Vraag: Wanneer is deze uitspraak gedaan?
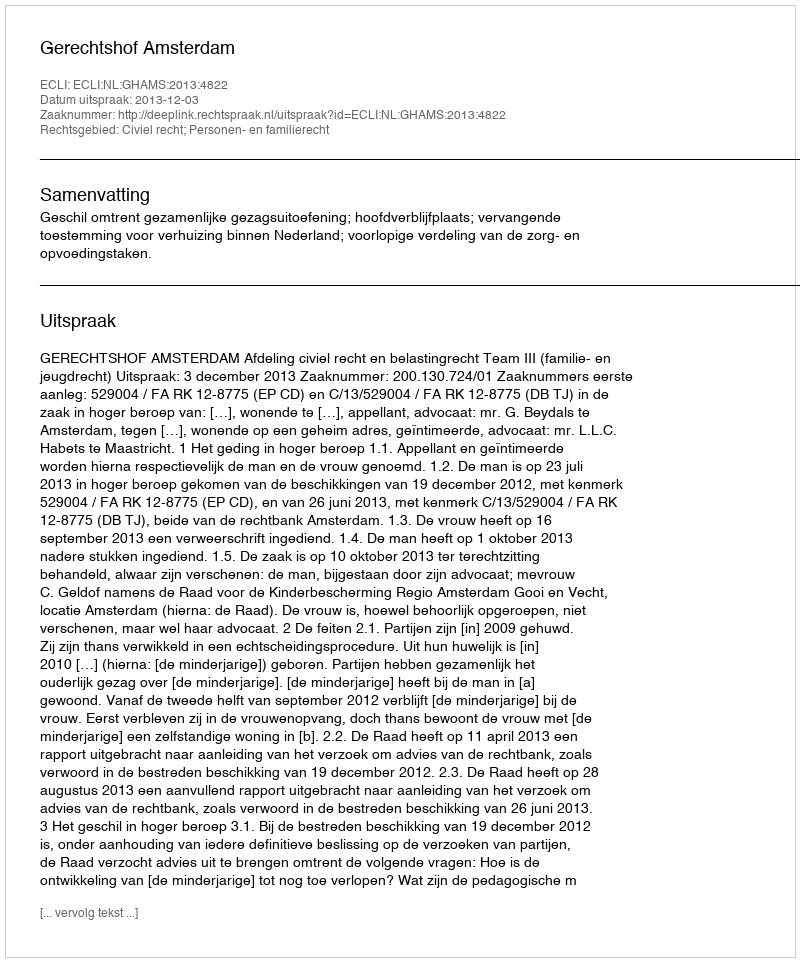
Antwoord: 2013-12-03